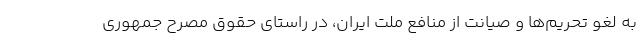
به لغو تحریم‌ها و صیانت از منافع ملت ایران، در راستای حقوق مصرح جمهوری